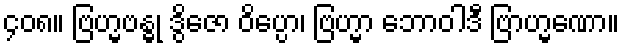
၄၀၈။ ဗြဟ္မဗန္ဓု ဒွိဇော ဝိပ္ပော၊ ဗြဟ္မာ ဘောဝါဒီ ဗြာဟ္မဏော။